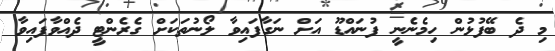
މި ދެ ބޭފުޅުން ހިމެނެނީ ފުނައްޑޫ އަށް ނަގާފައިވާ ލޯނުތަކަށް ގެރެންޓީ ދެއްވާފައިވާ